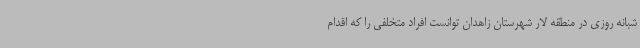
شبانه روزی در منطقه لار شهرستان زاهدان توانست افراد متخلفی را که اقدام